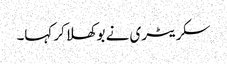
سکریٹری نے بوکھلا کر کہا۔